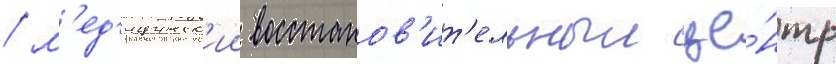
/ м'ед'ицинск'ии восстанов'ит'ельныи це́нтр